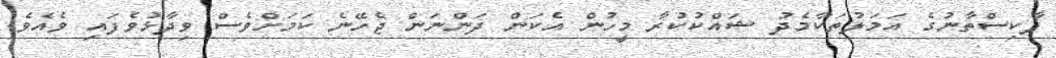
ޕާކިސްތާނުގެ އަމަލުތަކާމެދު ޝައްކުކުރާ މީހުން އެކަން ދަންނަން ޖެހޭނެ ކަމަށްވެސް ވިދާޅުވެފައި ވެއެވެ.